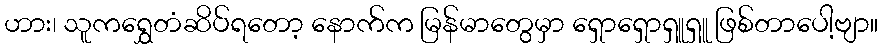
ဟား၊ သူကရွှေတံဆိပ်ရတော့ နောက်က မြန်မာတွေမှာ ရှောရှောရှူရှူ ဖြစ်တာပေါ့ဗျာ။